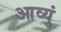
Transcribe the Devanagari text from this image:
आव्युं